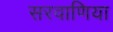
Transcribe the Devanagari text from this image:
सरवाणिया